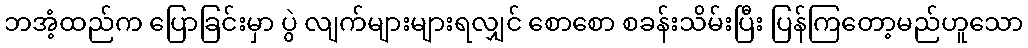
ဘအံ့ထည်က ပြောခြင်းမှာ ပွဲ လျက်များများရလျှင် စောစော စခန်းသိမ်းပြီး ပြန်ကြတော့မည်ဟူသော